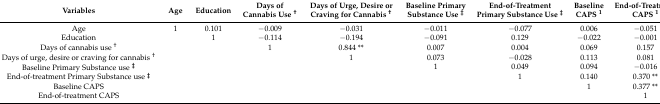
| Variables | Age | Education | Days of Cannabis Use † | Days of Urge, Desire or Craving for Cannabis † | Baseline Primary Substance Use ‡ | End-of-Treatment Primary Substance Use ‡ | Baseline CAPS 1 | End-of-Treatment CAPS 1 |
 | --- | --- | --- | --- | --- | --- | --- | --- | --- |
 | Age | 1 | 0.101 | −0.009 | −0.031 | −0.011 | −0.077 | 0.006 | −0.051 |
 | Education |  | 1 | −0.114 | −0.194 | −0.091 | 0.129 | −0.022 | −0.001 |
 | Days of cannabis use † |  |  | 1 | 0.844 ** | 0.007 | 0.004 | 0.069 | 0.157 |
 | Days of urge, desire or craving for cannabis † |  |  |  | 1 | 0.073 | −0.028 | 0.113 | 0.081 |
 | Baseline Primary Substance use ‡ |  |  |  |  | 1 | 0.049 | 0.094 | −0.016 |
 | End-of-treatment Primary Substance use ‡ |  |  |  |  |  | 1 | 0.140 | 0.370 ** |
 | Baseline CAPS |  |  |  |  |  |  | 1 | 0.377 ** |
 | End-of-treatment CAPS |  |  |  |  |  |  |  | 1 |